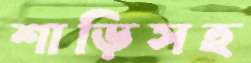
শাড়িসহ